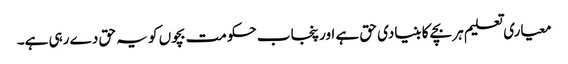
معیاری تعلیم ہر بچے کا بنیادی حق ہے اور پنجاب حکومت بچوں کو یہ حق دے رہی ہے۔